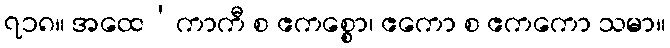
၇၁၈။ အထေ’ကာကီ စ ဧကစ္စော၊ ဧကော စ ဧကကော သမာ။